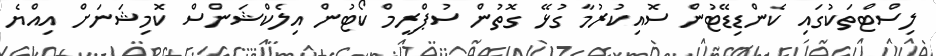
ލިސްޓްތަކުގައި ކެންޑިޑޭޓުން ސޮއިކުރުމާ ގުޅޭ ގޮތުން ސުޕްރީމް ކޯޓުން އިލެކްޝަންސް ކޮމިޝަނަށް އިއްޔެ